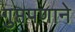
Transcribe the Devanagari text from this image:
गुप्तपणाने